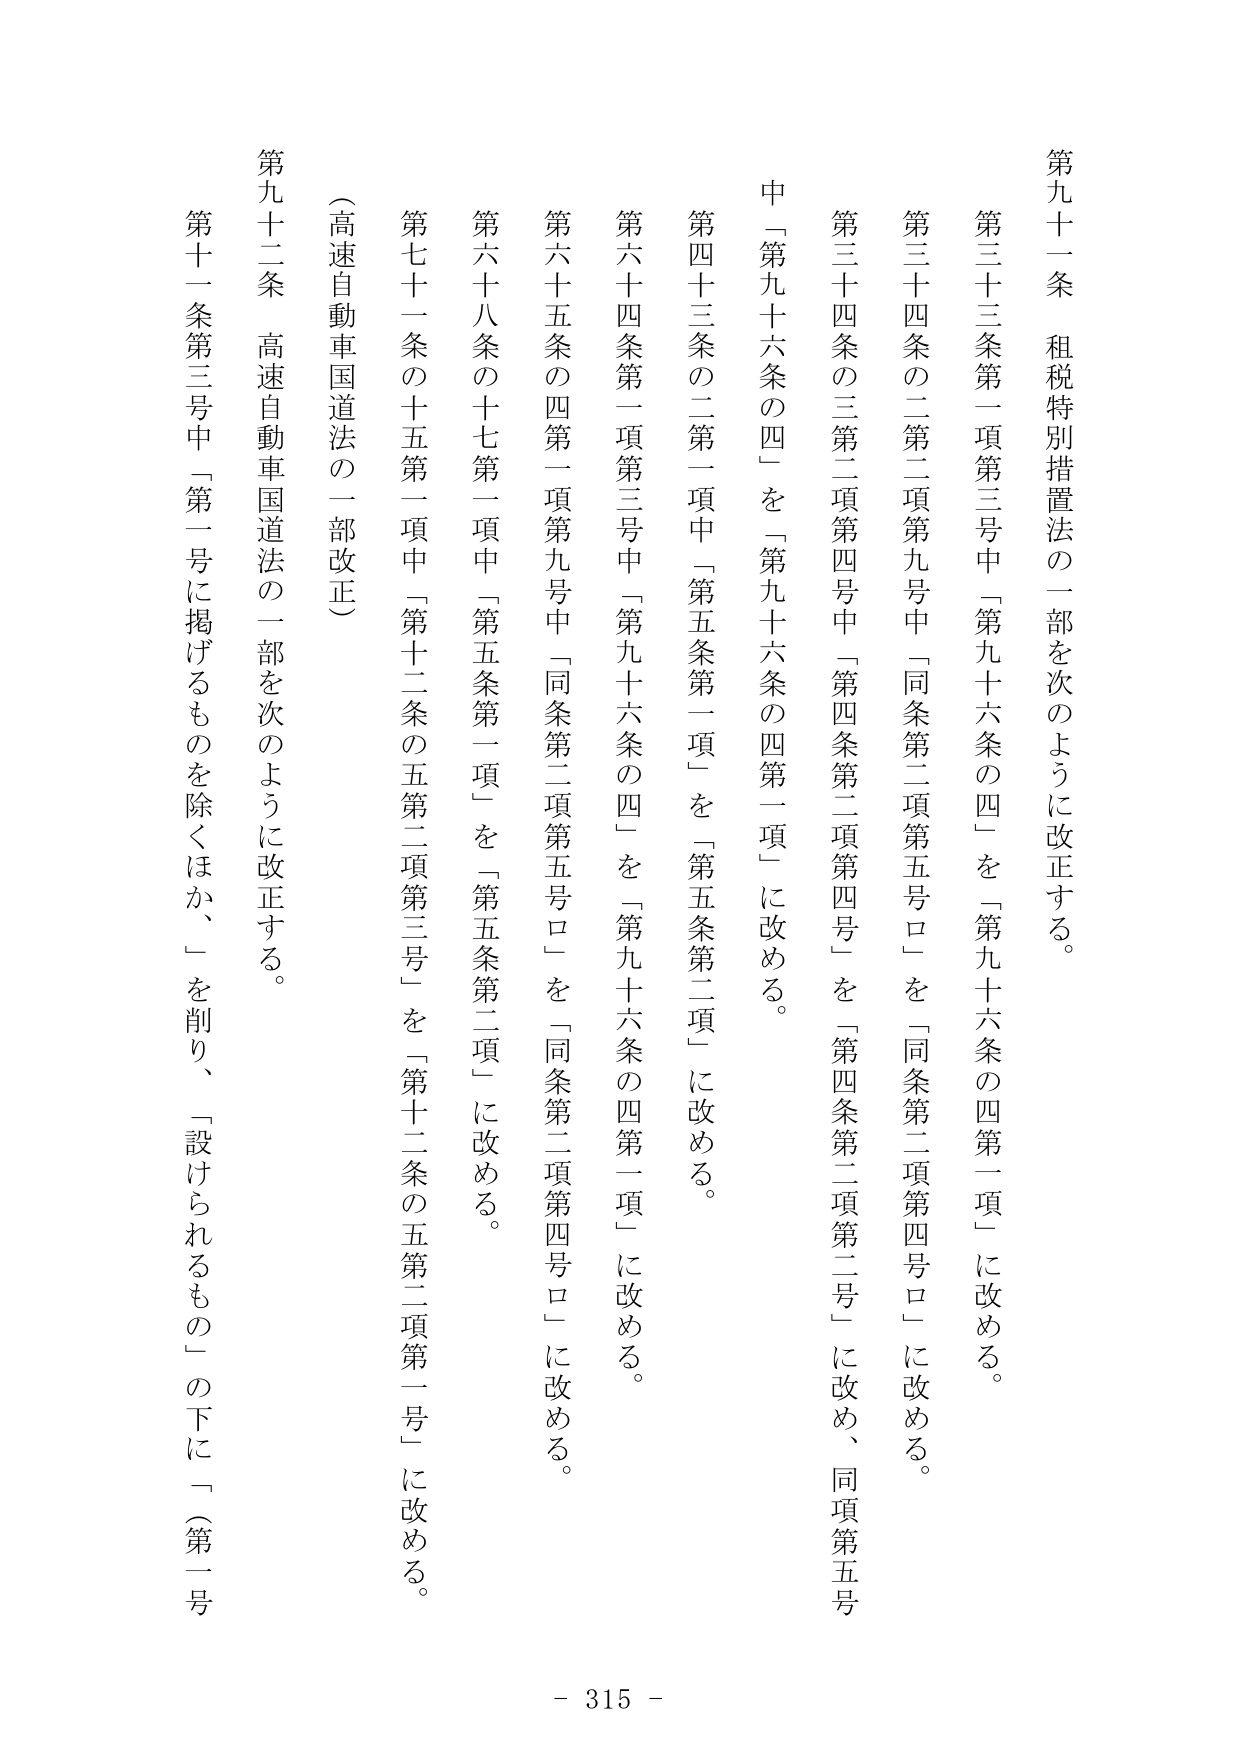
第九十一条　租税特別措置法の一部を次のように改正する。

第三十三条第一項第三号中「第九十六条の四」を「第九十六条の四第一項」に改める。

第三十四条の二第二項第九号中「同条第二項第五号ロ」を「同条第二項第四号ロ」に改める。

第三十四条の三第二項第四号中「第四条第二項第四号」を「第四条第二項第二号」に改め、同項第五号中「第九十六条の四」を「第九十六条の四第一項」に改める。

第四十三条の二第一項中「第五条第一項」を「第五条第二項」に改める。

第六十四条第一項第三号中「第九十六条の四」を「第九十六条の四第一項」に改める。

第六十五条の四第一項第九号中「同条第二項第五号ロ」を「同条第二項第四号ロ」に改める。

第六十八条の十七第一項中「第五条第一項」を「第五条第二項」に改める。

第七十一条の十五第一項中「第十二条の五第二項第三号」を「第十二条の五第二項第一号」に改める。

（高速自動車国道法の一部改正）

第九十二条　高速自動車国道法の一部を次のように改正する。

第十一条第三号中「第一号に掲げるものを除くほか、」を削り、「設けられるもの」の下に「（第一号

- 315 -